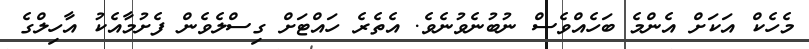
މެހެކް އަކަށް އެންމެ ބަހެއްވެސް ނުބުނެވުނެވެ. އެތެރެ ހައްޓަށް ގިސްލެވެން ފެށުމާއެކު އާހިލްގެ